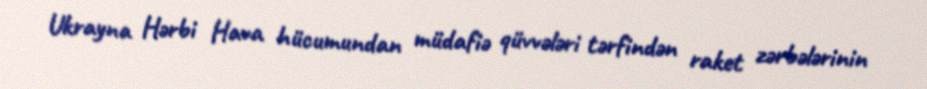
Ukrayna Hərbi Hava hücumundan müdafiə qüvvələri tərfindən raket zərbələrinin